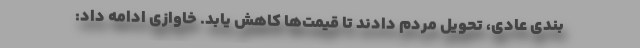
بندی عادی، تحویل مردم دادند تا قیمت‌ها کاهش یابد. خاوازی ادامه داد: